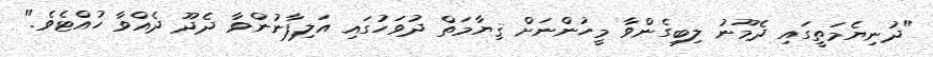
"ދުނިޔެމަތީގައި ދެމޫނު ލިބިގެންވާ މީހުންނަށް ޤިޔާމަތް ދުވަހުގައި އަލިފާނުންވާ ދެދޫ ދެއްވާ ހުއްޓެވެ."